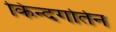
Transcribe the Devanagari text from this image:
किन्दर्गार्तन